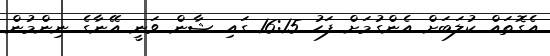
އެގޮތައް ކުލަބަށް އެންގުމަށް ފަހު 16:15 ގައި ޝާން ވަނީ އޭނާގެ ނިންމުން